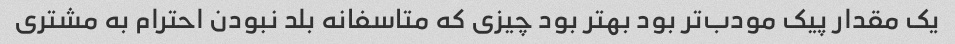
یک مقدار پیک مودب‌تر بود بهتر بود چیزی که متاسفانه بلد نبودن احترام به مشتری